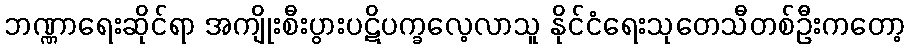
ဘဏ္ဏာရေးဆိုင်ရာ အကျိုးစီးပွားပဋိပက္ခလေ့လာသူ နိုင်ငံရေးသုတေသီတစ်ဦးကတော့